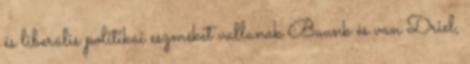
és liberális politikai eszméket vallanak Buunk és van Driel,